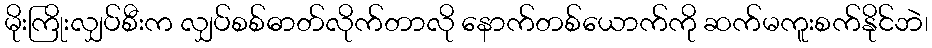
မိုးကြိုးလျှပ်စီးက လျှပ်စစ်ဓာတ်လိုက်တာလို နောက်တစ်ယောက်ကို ဆက်မကူးစက်နိုင်ဘဲ၊